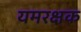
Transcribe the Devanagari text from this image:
यमरक्षक